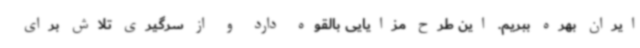
ایران بهره ببریم. این طرح مزایایی بالقوه دارد و از سرگیری تلاش برای